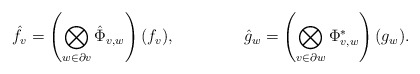
\begin{align*}\hat{f}_v &= \left(\bigotimes_{w\in\partial v} \hat{\Phi}_{v,w}\right)(f_v),&\hat{g}_w &= \left(\bigotimes_{v\in\partial w} \Phi^*_{v,w}\right)(g_w).\end{align*}